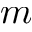
m